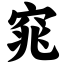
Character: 窕